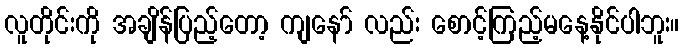
လူတိုင်းကို အချိန်ပြည့်တော့ ကျနော် လည်း စောင့်ကြည့်မနေ့နိုင်ပါဘူး။